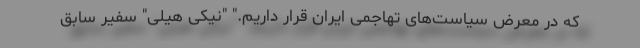
که در معرض سیاست‌های تهاجمی ایران قرار داریم." "نیکی هیلی" سفیر سابق